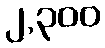
၂,၃၀၀